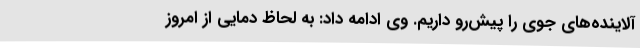
آلاینده‌های جوی را پیش‌رو داریم. وی ادامه داد: به لحاظ دمایی از امروز